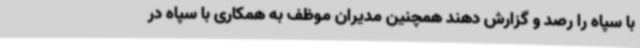
با سپاه را رصد و گزارش دهند همچنین مدیران موظف به همکاری با سپاه در